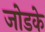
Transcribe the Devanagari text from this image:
जोडके